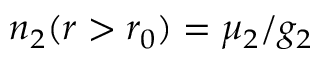
n _ { 2 } ( r > r _ { 0 } ) = \mu _ { 2 } / g _ { 2 }